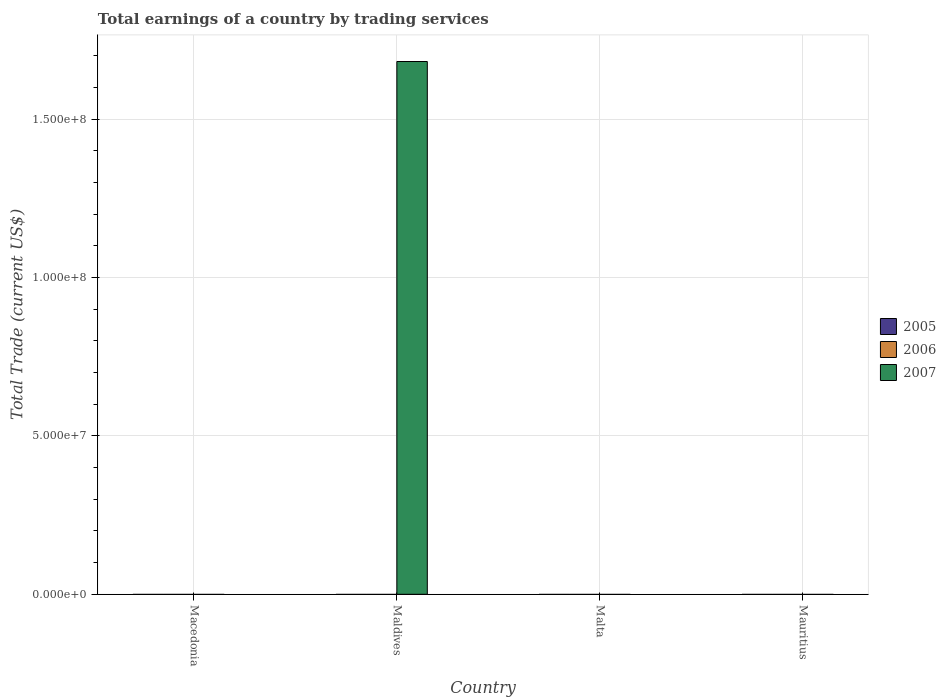
| Country | 2005 | 2006 | 2007 |
 | --- | --- | --- | --- |
 | Macedonia | -1.09e+09 | -1.23e+09 | -1.59e+09 |
 | Maldives | -3.84e+08 | -2.69e+08 | 1.68e+08 |
 | Malta | -3.2e+08 | -4e+08 | -1.12e+08 |
 | Mauritius | -3.76e+08 | -7.26e+08 | -7.82e+08 |